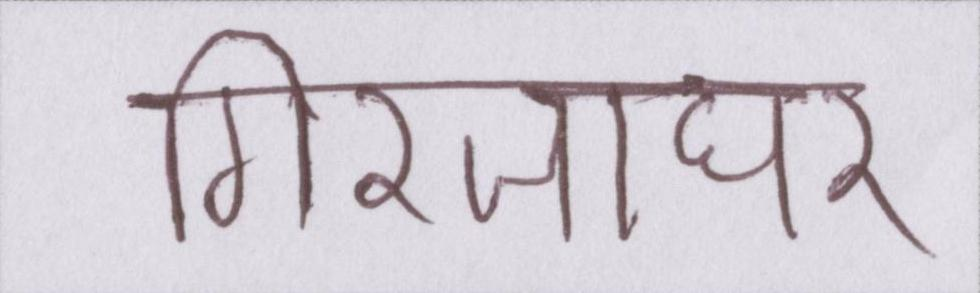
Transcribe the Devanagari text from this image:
गिरजाघर